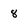
Character: 8